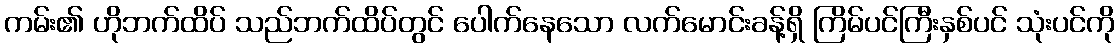
ကမ်း၏ ဟိုဘက်ထိပ် သည်ဘက်ထိပ်တွင် ပေါက်နေသော လက်မောင်းခန့်ရှိ ကြိမ်ပင်ကြီးနှစ်ပင် သုံးပင်ကို